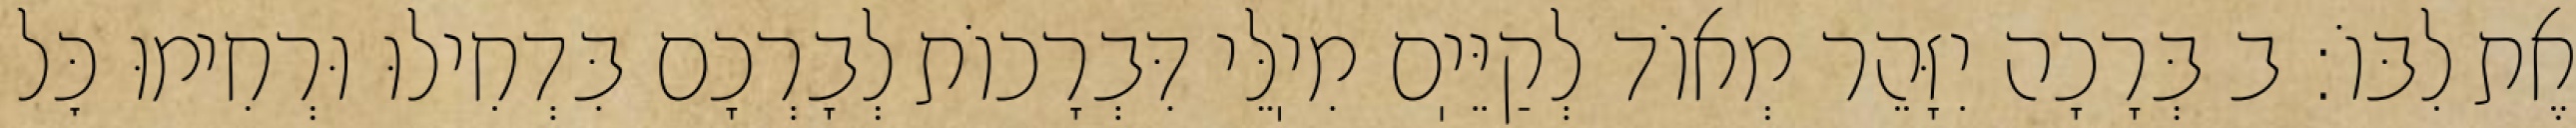
אֶת לִבּוֹ: ב בְּרָכָה יִזָּהֵר מְאוֹד לְקַיֵּיֽם מִיֽלֵּי דִּבְרָכוֹת לְבָרְכָם בִּדְחִילוּ וּרְחִימוּ כׇּל